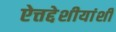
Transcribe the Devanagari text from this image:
ऐत्तद्देशीयांशी